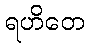
ရဟိတေ